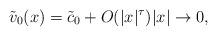
LaTeX: \begin{align*}\tilde{v}_0(x)=\tilde{c}_0+O(|x|^{\tau})|x|\rightarrow 0,\end{align*}